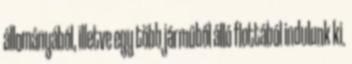
állományából, illetve egy több járműből álló flottából indulunk ki.